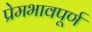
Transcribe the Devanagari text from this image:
प्रेमभावपूर्ण